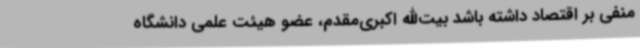
منفی بر اقتصاد داشته باشد بیت‌الله اکبری‌مقدم، عضو هیئت علمی دانشگاه